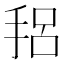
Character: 𫼴